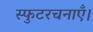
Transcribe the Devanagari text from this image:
स्फुटरचनाएँ।